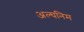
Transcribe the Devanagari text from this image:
अल्घनिम